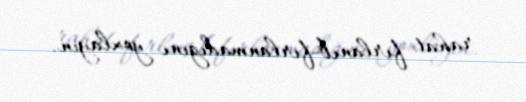
rahat fırlanıb-fırlanmadığını yoxlayın.